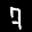
Label: 7